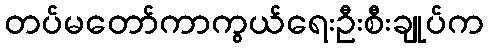
တပ်မတော်ကာကွယ်ရေးဦးစီးချုပ်က